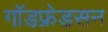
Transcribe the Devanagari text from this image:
गॉडफ्रेडसन